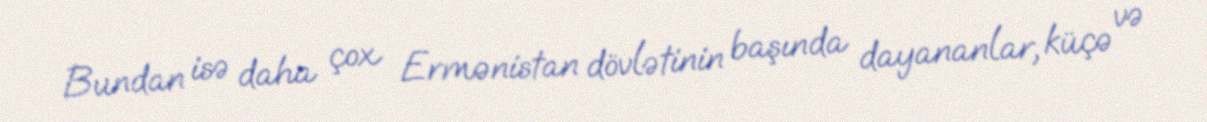
Bundan isə daha çox Ermənistan dövlətinin başında dayananlar, küçə və